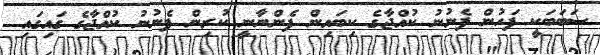
ސަބަބަކީ ފަހުން ފެނުނު ކުއްޖާގެ ކިބައިން ފެންނާނީ ކުރިން ފެނުނު ކުއްޖާގެ ގައިގައި